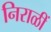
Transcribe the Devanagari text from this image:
निराळीं